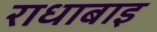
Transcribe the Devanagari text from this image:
राधाबाइ